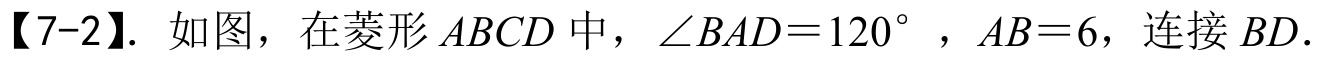
【7-2】. 如图，在菱形\(ABCD\)中，\(\angle BAD = 120^{\circ}\) ，\(AB = 6\)，连接\(BD\).